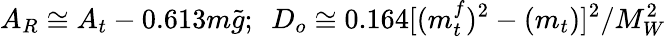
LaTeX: A_{R}\cong A_{t}-0.613m{\tilde{g}};~~D_{o}\cong 0.164\lbrack(m_{t}^{f})^{2}-(m_{t})\rbrack^{2}/M_{W}^{2}